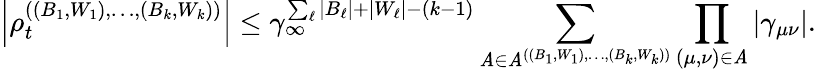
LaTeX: \left\vert\rho_{t}^{((B_{1},W_{1}),\ldots,(B_{k},W_{k}))}\right\vert\leq\gamma_{\infty}^{\sum_{\ell}|B_{\ell}|+|W_{\ell}|-(k-1)}\sum_{\mathit{A}\in\mathcal{{\mathit{A}}}^{((B_{1},W_{1}),\ldots,(B_{k},W_{k}))}}\prod_{(\mu,\nu)\in\mathit{A}}\left\vert\gamma_{\mu\nu}\right\vert.